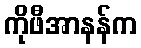
ကိုဖီအာနန်က